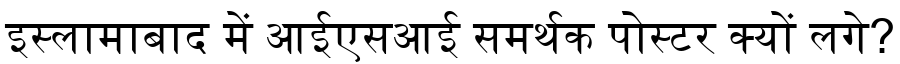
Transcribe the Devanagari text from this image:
इस्लामाबाद में आईएसआई समर्थक पोस्टर क्यों लगे?